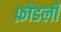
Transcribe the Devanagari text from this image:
फ़ोडली